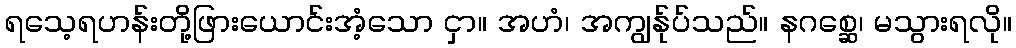
ရသေ့ရဟန်းတို့ဖြားယောင်းအံ့သော ငှာ။ အဟံ၊ အကျွန်ုပ်သည်။ နဂစ္ဆေ၊ မသွားရလို။